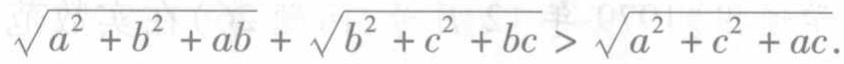
\(\sqrt{a^{2}+b^{2}+ab}+\sqrt{b^{2}+c^{2}+bc}>\sqrt{a^{2}+c^{2}+ac}\)